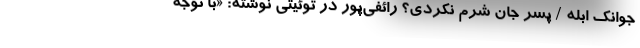
جوانک ابله / پسر جان شرم نکردی؟ رائفی‌پور در توئیتی نوشته: «با توجه